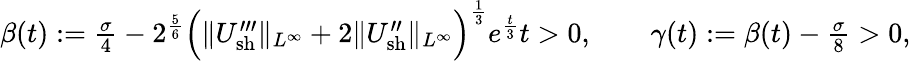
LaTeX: \begin{array}{r}{\beta(t):=\frac{\sigma}{4}-2^{\frac{5}{6}}\Big(\| U_{\mathrm{sh}}^{\prime\prime\prime}\| _{L^{\infty}}+2\| U_{\mathrm{sh}}^{\prime\prime}\| _{L^{\infty}}\Big)^{\frac{1}{3}}e^{\frac{t}{3}}t>0,\qquad\gamma(t):=\beta(t)-\frac{\sigma}{8}>0,}\end{array}